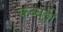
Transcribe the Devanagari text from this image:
कब्बड्डी